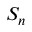
S _ { n }